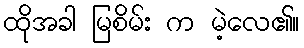
ထိုအခါ မြစိမ်း က မဲ့လေ၏။